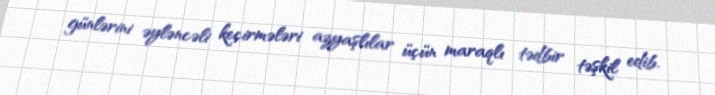
günlərini əyləncəli keçirmələri azyaşlılar üçün maraqlı tədbir təşkil edib.